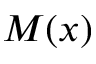
M ( x )